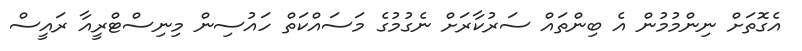
އެގޮތަށް ނިންމުމުން އެ ބިންތައް ސަރުކާރަށް ނެގުމުގެ މަސައްކަތް ހައުސިން މިނިސްޓްރީއާ ރައީސް